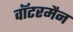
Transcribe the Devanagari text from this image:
वॉटरमैन